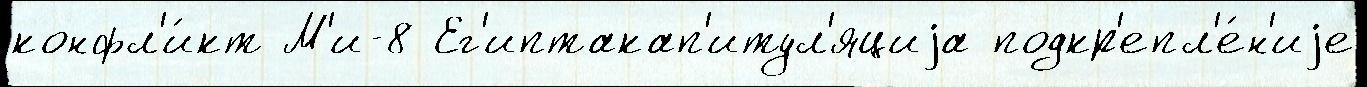
конфл'и́кт М'и-8 Ег'иптакап'итул'яциjа подкр'епл'е́н'иjе